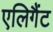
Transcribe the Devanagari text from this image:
एलिगैंट